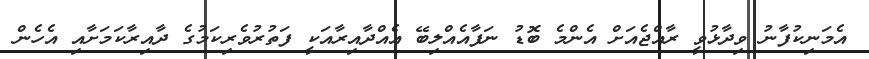
އެމަނިކުފާނު ވިދާޅުވީ ރާއްޖެއަށް އެންމެ ބޮޑު ނަފާއެއްލިބޭ އެއްދާއިރާއަކީ ފަތުރުވެރިކަމުގެ ދާއިރާކަމަށާއި އެހެން